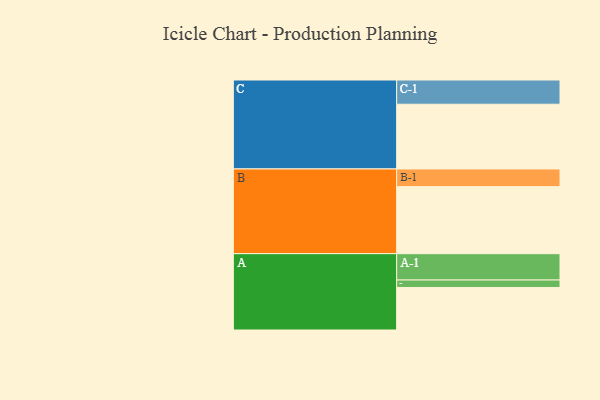
{"axis": {"x": "Segment", "y": "Value"}, "legend": ["", "A", "B", "C"], "data": [{"x": "A", "y": 381, "type": ""}, {"x": "B", "y": 600, "type": ""}, {"x": "C", "y": 580, "type": ""}, {"x": "A-1", "y": 236, "type": "A"}, {"x": "A-2", "y": 67, "type": "A"}, {"x": "B-1", "y": 159, "type": "B"}, {"x": "C-1", "y": 217, "type": "C"}]}